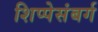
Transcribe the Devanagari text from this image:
शिप्पेसंबर्ग